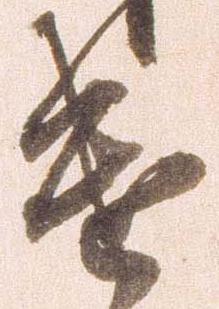
遣